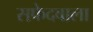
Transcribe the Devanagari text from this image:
सफेदवाला